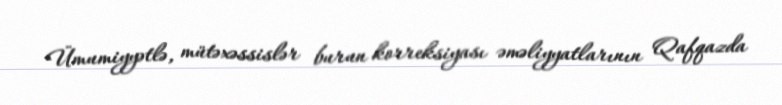
Ümumiyyətlə, mütəxəssislər burun korreksiyası əməliyyatlarının Qafqazda